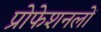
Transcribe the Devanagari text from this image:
प्रोफेशनलों